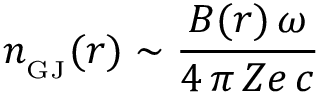
n _ { _ \mathrm { G J } } ( r ) \sim \frac { B ( r ) \, \omega } { 4 \, \pi \, Z e \, c }